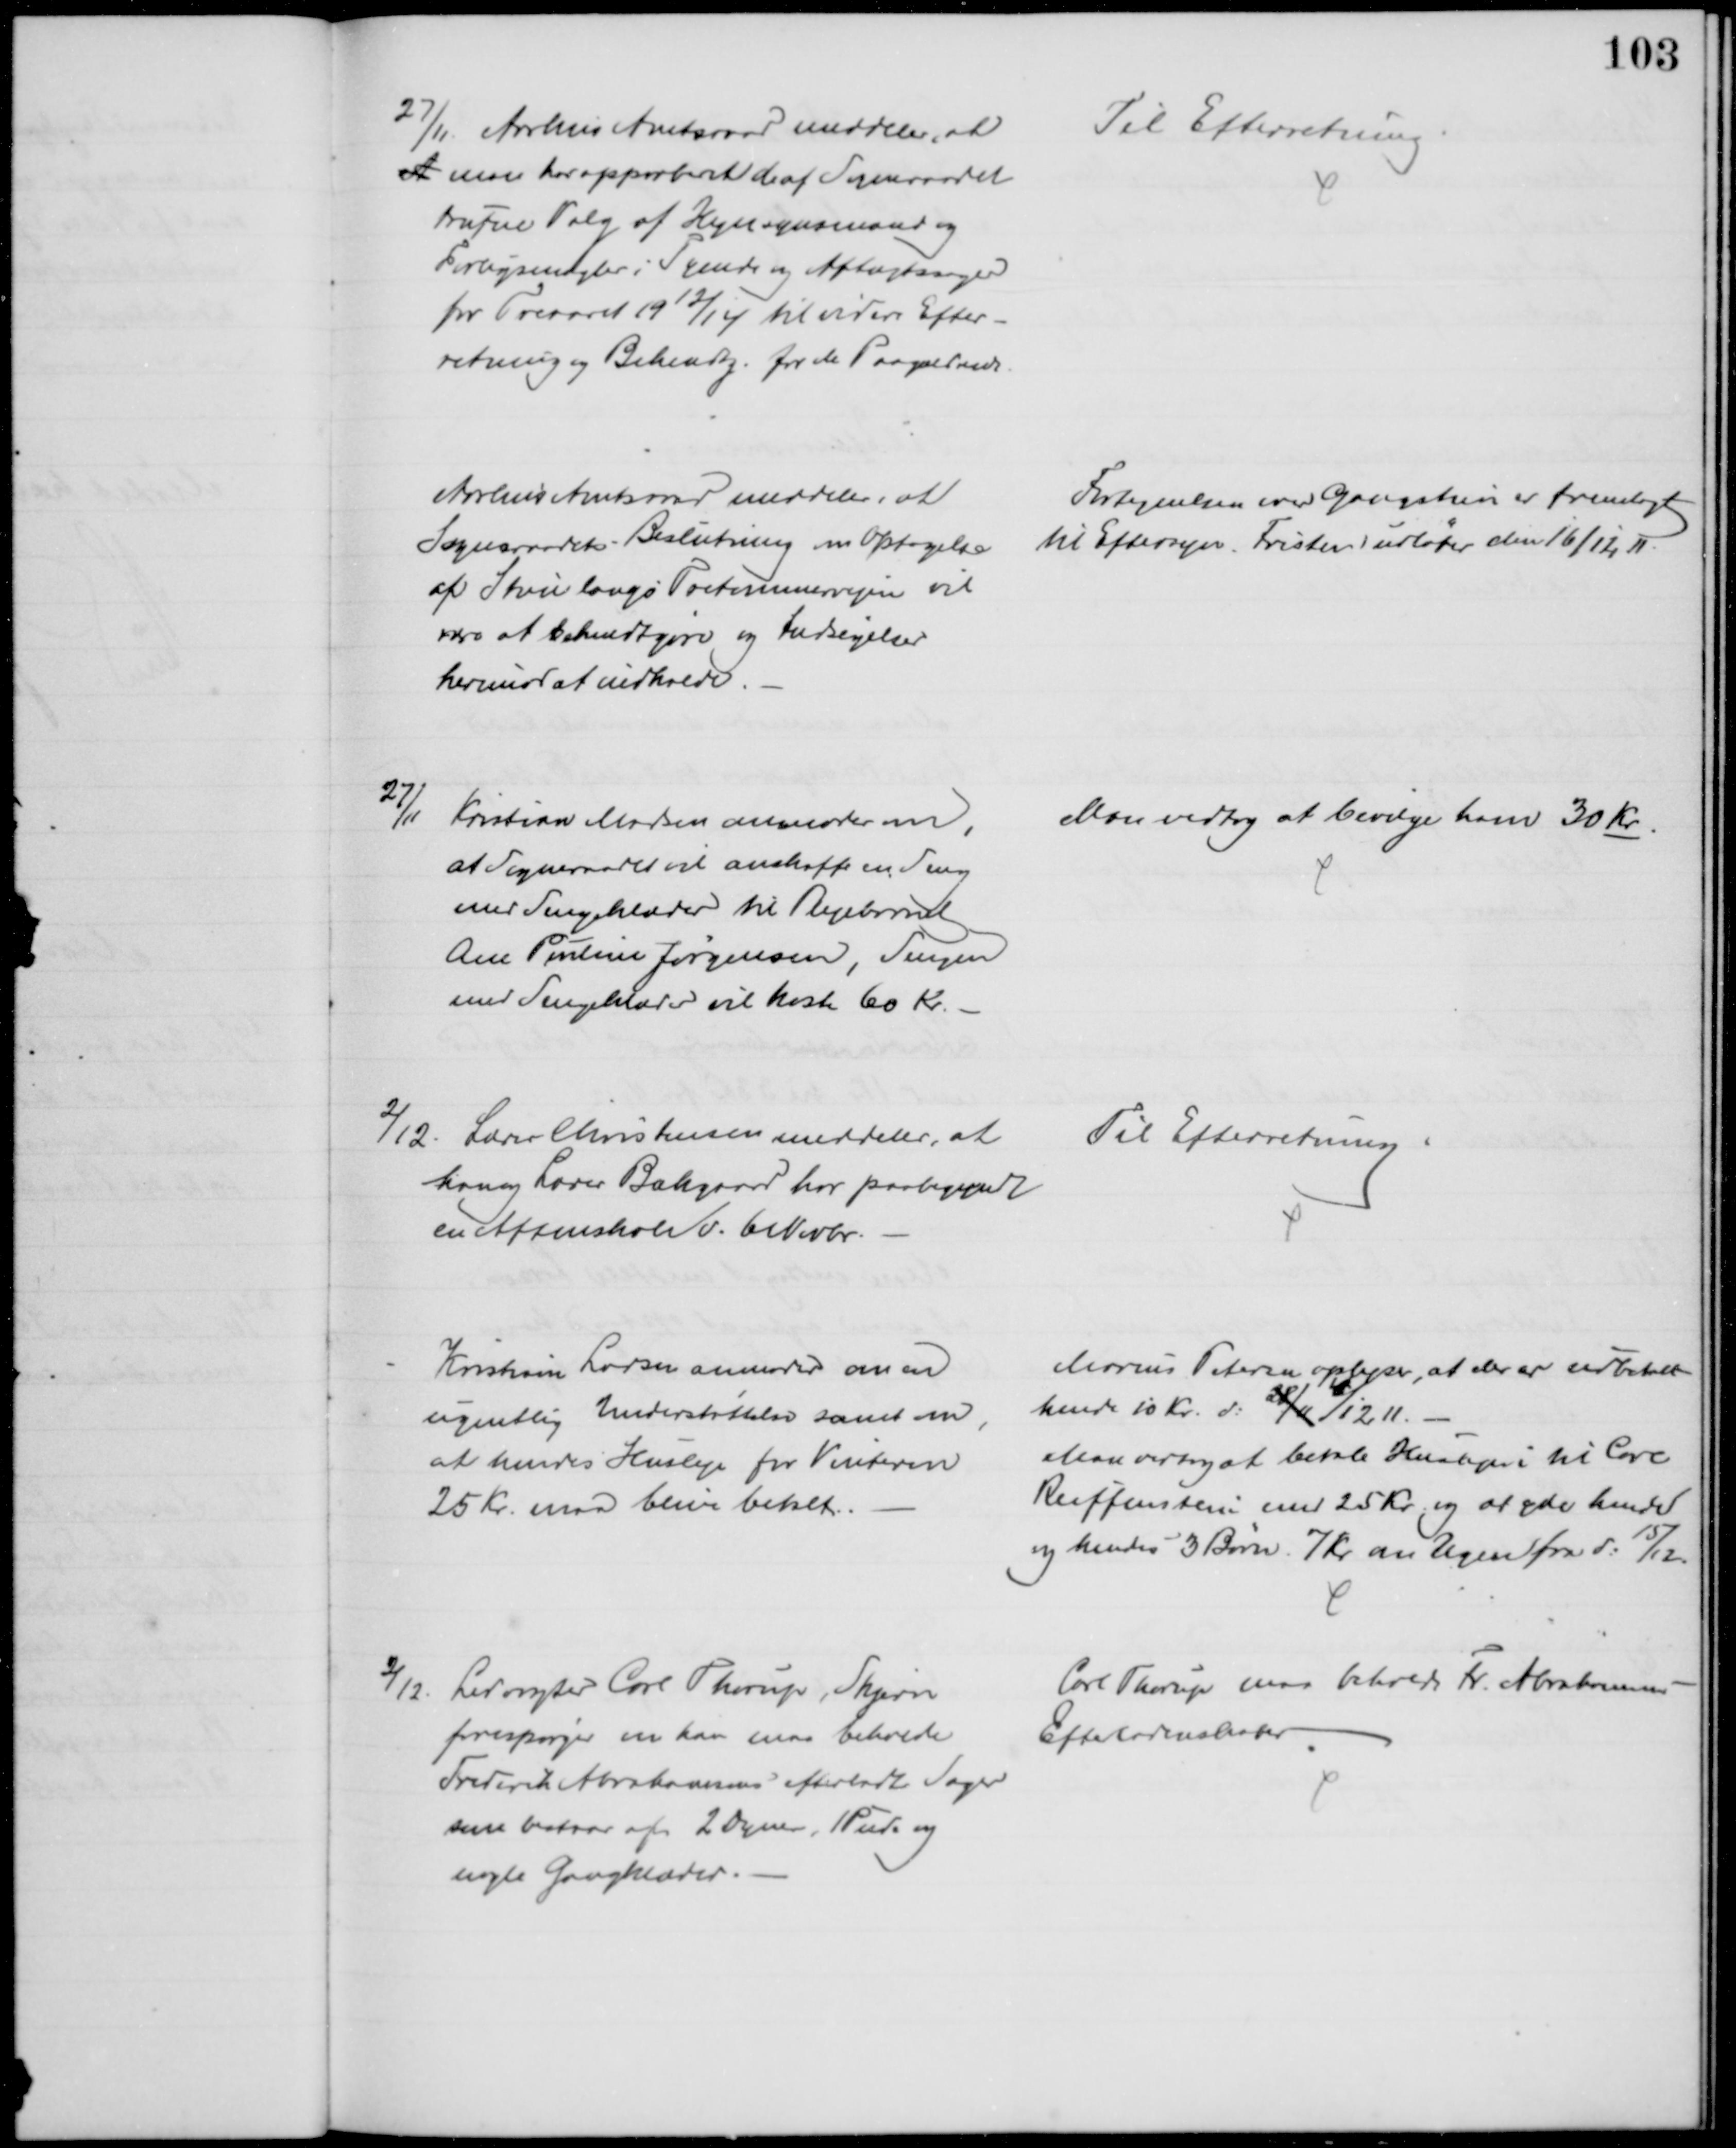
Transskription:
27/11 Aarhus Amtsraad meddeler, at
A man har approberet de af Sogneraadet
trufne Valg af Hegnsynsmænd og
Forligsmægler i Tyende og Aftægtssager
for Treaaret 1912/14 til videre Efter-
retning og Bekendtg. for de Paagældende
Til Efterretning
Aarhus Amtsraad meddeler, at
Sogneraadets Beslutning om Optagelse
af Stien langs Tretommervejen vil
være at bekendtgøre og Indsigelser
herimod at indkalde.
Fortegnelsen over Gangstien er fremlagt
til Eftersyn. Fristen udløber den 16/12 11.
27/11 Kristian Madsen anmoder om,
at Sogneraadet vil anskaffe en Seng
med Sengeklæder til Plejebarnet 
Ane Pouline Jørgensen, Sengen
med Sengeklæder vil koste 60 Kr.
Man vedtog at bevilge ham 30 Kr.
2/12. Lærer Christensen meddeler, at
han og Lærer Bækgaard har paabegyndt
en Aftenskole d. 6 Novbr.
Til Efterretning
Kristiane Larsen anmoder om en
ugentlig Understøttelse samt om 
at hendes Husleje for Vinteren
25 Kr. maa blive betalt.
Marius Petersen oplyse, at der er udbetalt
hende 10 Kr. d: 28/ 11 4/12 11.
Man vedtog at betale Huslejen til Carl
Reiffenstein med 25 Kr. og at yde hende
og hendes 3 Børn. 7 kr. om Ugen fra d: 15/12.
2/12. Ledvogter Carl Thorup, Skjern
forespørger om han maa beholde
Frederik Abrahamsens efterladte Sager
som bestaar af 2 Dyner, 1 Pude og
nogle Gangklæder.
Carl Thorup maa beholde F. Abrahamsens
Efterladenskaber